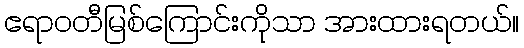
ဧရာဝတီမြစ်ကြောင်းကိုသာ အားထားရတယ်။